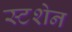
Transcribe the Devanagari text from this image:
स्टशेन